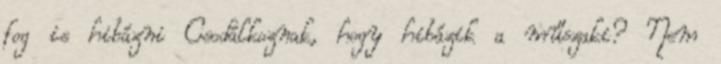
fog is hibázni Csodálkoznak, hogy hibázik a műszaki? Nem